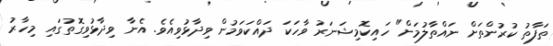
ތަފާތު ކުރުންތަށް ނައްތާލުމަށް" ހައިކޮމިޝަނަަރު ވާހަކަ ދައްކަވަމުން ވިދާޅުވިއެވެ. އެނާ ވިދާޅުވިގޮތުގައި މިހާރު